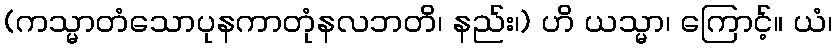
(ကသ္မာတံသောပုနကာတုံနလဘတိ၊ နည်း၊) ဟိ ယသ္မာ၊ ကြောင့်။ ယံ၊